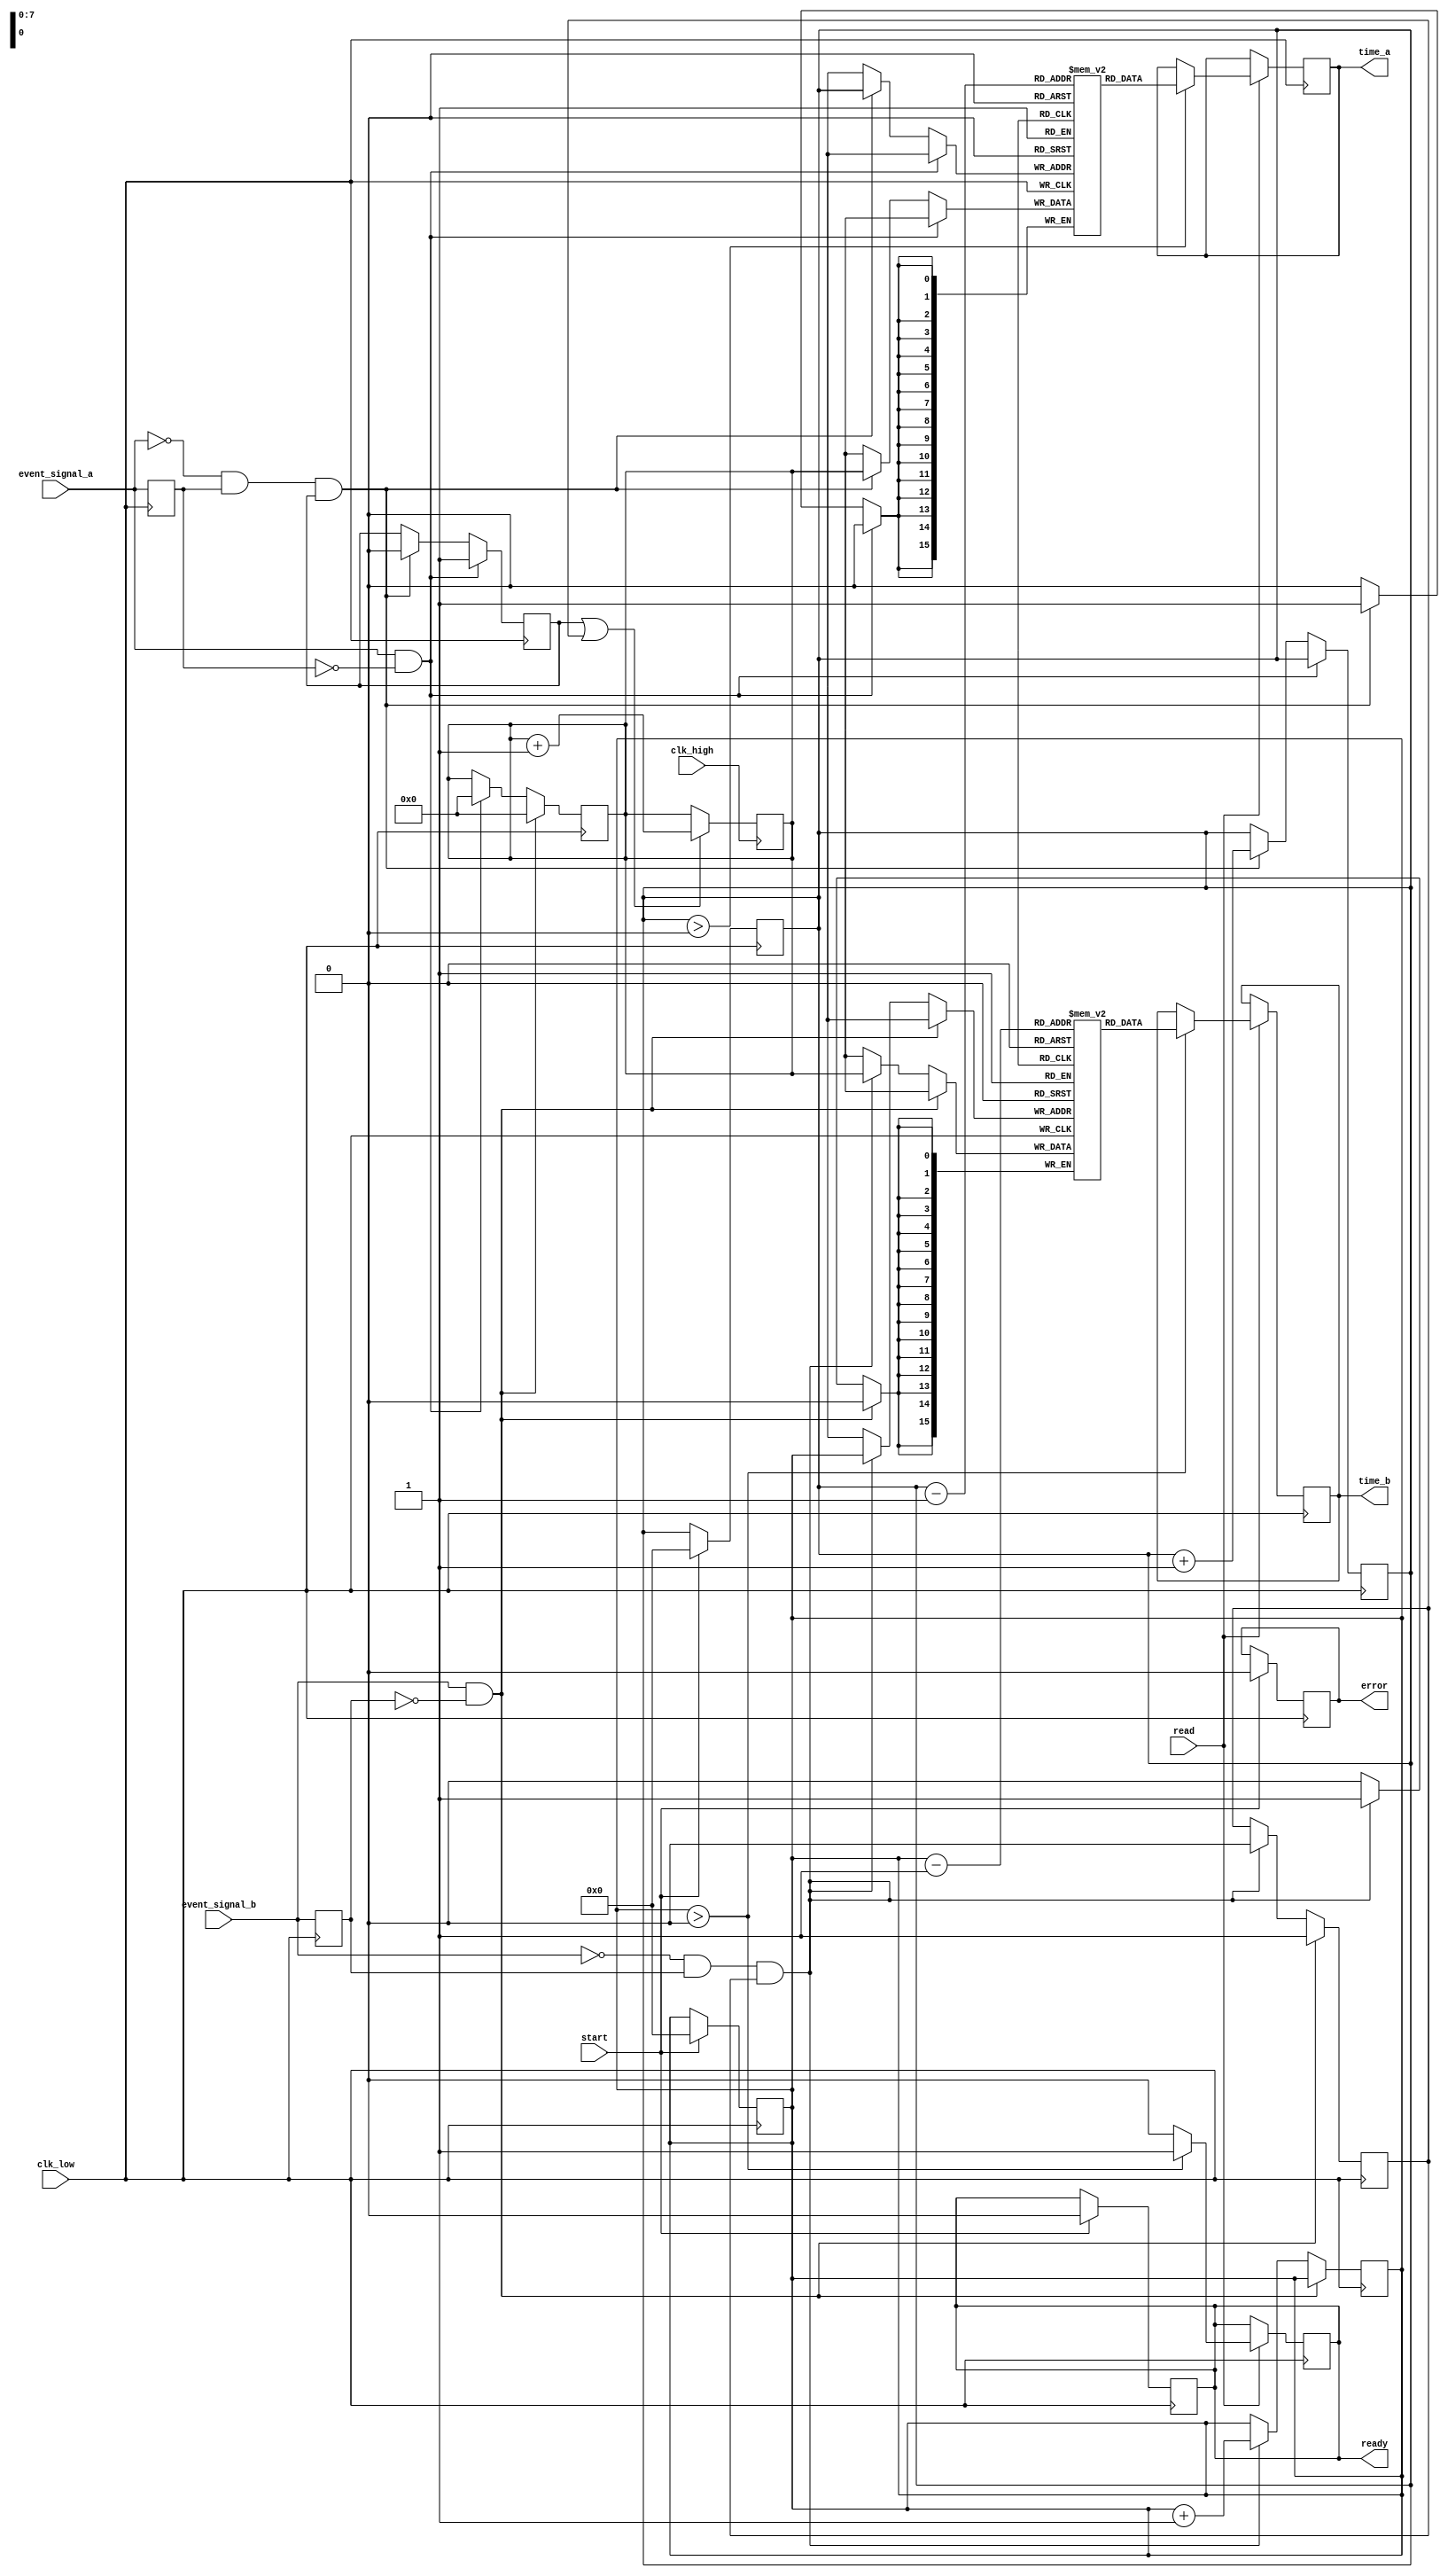
module multi_domain_tdc (
    input wire clk_high,       // High-frequency clock
    input wire clk_low,        // Low-frequency clock (for event signals)
    input wire event_signal_a, // Event signal A
    input wire event_signal_b, // Event signal B
    input wire start,          // Start signal
    input wire read,           // Read signal
    output reg [15:0] time_a,  // Time measurement for event A
    output reg [15:0] time_b,  // Time measurement for event B
    output reg ready,          // Ready signal for data retrieval
    output reg error           // Error signal
);

    // Dual-port RAM for storing time measurements
    reg [15:0] memory_a [0:255]; // Memory for event A
    reg [15:0] memory_b [0:255]; // Memory for event B
    reg [7:0] write_pointer_a;    // Write pointer for event A
    reg [7:0] write_pointer_b;    // Write pointer for event B
    reg [15:0] counter;            // Time counter
    reg measuring_a, measuring_b;  // Measurement flags

    // Event detection logic
    reg prev_event_a, prev_event_b;

    always @(posedge clk_low) begin
        // Detect rising edge for event A
        if (event_signal_a && !prev_event_a) begin
            measuring_a <= 1;
            counter <= 0; // Reset counter
        end
        // Detect falling edge for event A
        else if (!event_signal_a && prev_event_a && measuring_a) begin
            measuring_a <= 0;
            memory_a[write_pointer_a] <= counter; // Store time measurement
            write_pointer_a <= write_pointer_a + 1;
        end

        // Detect rising edge for event B
        if (event_signal_b && !prev_event_b) begin
            measuring_b <= 1;
            counter <= 0; // Reset counter
        end
        // Detect falling edge for event B
        else if (!event_signal_b && prev_event_b && measuring_b) begin
            measuring_b <= 0;
            memory_b[write_pointer_b] <= counter; // Store time measurement
            write_pointer_b <= write_pointer_b + 1;
        end

        // Update previous event states
        prev_event_a <= event_signal_a;
        prev_event_b <= event_signal_b;
    end

    // Time measurement unit
    always @(posedge clk_high) begin
        if (measuring_a || measuring_b) begin
            counter <= counter + 1; // Increment counter
        end
    end

    // Read logic
    always @(posedge clk_low) begin
        if (read) begin
            if (write_pointer_a > 0) begin
                time_a <= memory_a[write_pointer_a - 1]; // Read last stored time A
                ready <= 1;
            end
            else begin
                ready <= 0; // No data available
            end

            if (write_pointer_b > 0) begin
                time_b <= memory_b[write_pointer_b - 1]; // Read last stored time B
                ready <= 1;
            end
            else begin
                ready <= 0; // No data available
            end
        end
    end

    // Control logic
    always @(posedge clk_low) begin
        if (start) begin
            // Reset pointers and memory
            write_pointer_a <= 0;
            write_pointer_b <= 0;
            ready <= 0;
            error <= 0; // Clear error signal
        end
    end

endmodule